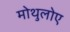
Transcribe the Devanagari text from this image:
मोथुलोए